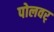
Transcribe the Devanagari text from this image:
पोलवर्